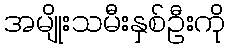
အမျိုးသမီးနှစ်ဦးကို